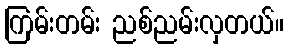
ကြမ်းတမ်း ညစ်ညမ်းလှတယ်။